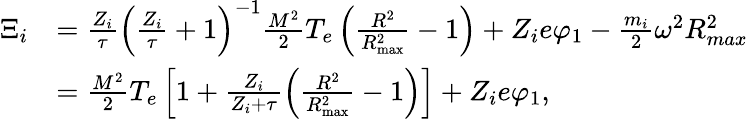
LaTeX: \begin{array}{rl}{\Xi_{i}}&{=\frac{Z_{i}}{\tau}\left(\frac{Z_{i}}{\tau}+1\right)^{-1}\frac{M^{2}}{2}T_{e}\left(\frac{R^{2}}{R_{\mathrm{max}}^{2}}-1\right)+Z_{i}e\varphi_{1}-\frac{m_{i}}{2}\omega^{2}R_{max}^{2}}\\ &{=\frac{M^{2}}{2}T_{e}\left[1+\frac{Z_{i}}{Z_{i}+\tau}\left(\frac{R^{2}}{R_{\mathrm{max}}^{2}}-1\right)\right]+Z_{i}e\varphi_{1},}\end{array}